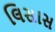
લિસાસ